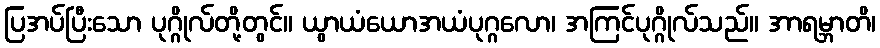
ပြအပ်ပြီးသော ပုဂ္ဂိုလ်တို့တွင်။ ယွာယံယောအယံပုဂ္ဂလော၊ အကြင်ပုဂ္ဂိုလ်သည်။ အာရမ္ဘာတိ၊